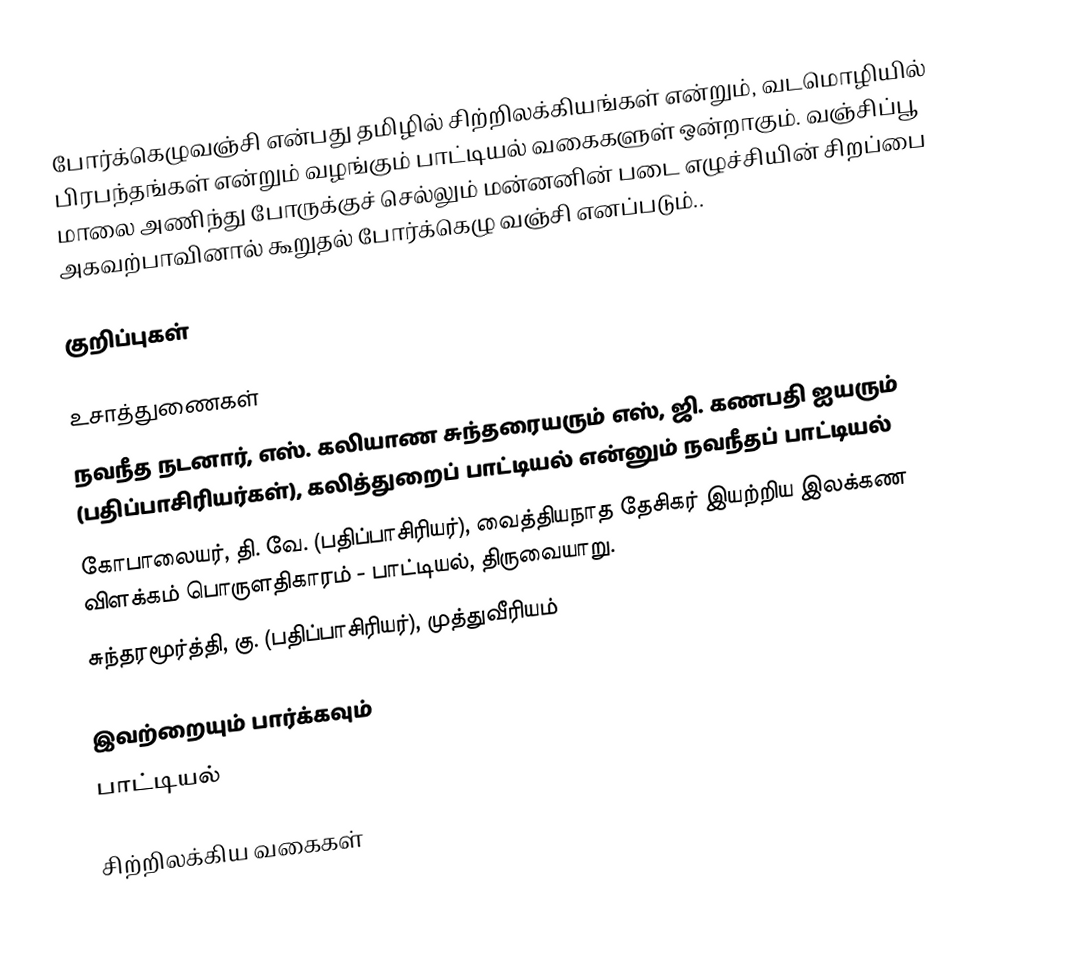
போர்க்கெழுவஞ்சி என்பது தமிழில் சிற்றிலக்கியங்கள் என்றும், வடமொழியில் பிரபந்தங்கள் என்றும் வழங்கும் பாட்டியல் வகைகளுள் ஒன்றாகும். வஞ்சிப்பூ மாலை அணிந்து போருக்குச் செல்லும் மன்னனின் படை எழுச்சியின் சிறப்பை அகவற்பாவினால் கூறுதல் போர்க்கெழு வஞ்சி எனப்படும்..

குறிப்புகள்

உசாத்துணைகள்
 நவநீத நடனார், எஸ். கலியாண சுந்தரையரும் எஸ், ஜி. கணபதி ஐயரும் (பதிப்பாசிரியர்கள்), கலித்துறைப் பாட்டியல் என்னும் நவநீதப் பாட்டியல்
 கோபாலையர், தி. வே. (பதிப்பாசிரியர்), வைத்தியநாத தேசிகர் இயற்றிய இலக்கண விளக்கம் பொருளதிகாரம் - பாட்டியல், திருவையாறு.
 சுந்தரமூர்த்தி, கு. (பதிப்பாசிரியர்), முத்துவீரியம்

இவற்றையும் பார்க்கவும்
 பாட்டியல்

சிற்றிலக்கிய வகைகள்